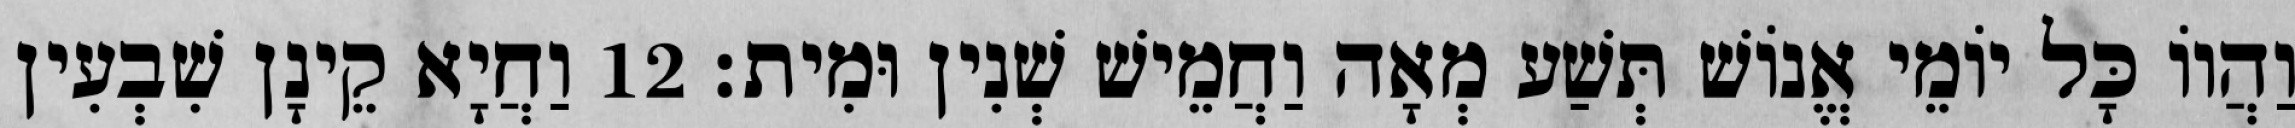
וַהֲווֹ כָּל יוֹמֵי אֱנוֹשׁ תְּשַׁע מְאָה וַחֲמֵישׁ שְׁנִין וּמִית׃ 12 וַחֲיָא קֵינָן שִׁבְעִין